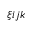
\xi i j k